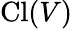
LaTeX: \operatorname{Cl}(V)